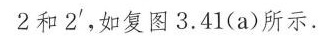
2和2^{'}，如复图3.41(a)所示.